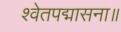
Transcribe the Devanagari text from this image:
श्वेतपद्मासना॥